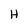
Character: H